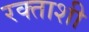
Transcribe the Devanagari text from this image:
रक्ताशी